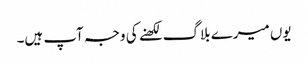
یوں میرے بلاگ لکھنے کی وجہ آپ ہیں۔